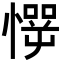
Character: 㦍